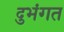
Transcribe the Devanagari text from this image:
दुभंगत